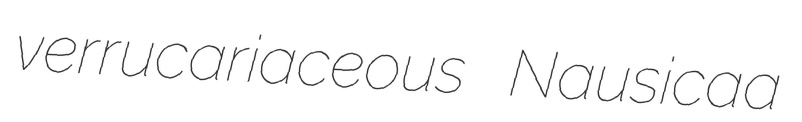
verrucariaceous Nausicaa